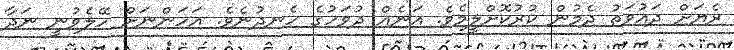
ރެޔަށް ދައުވަތު ދެމުން ކުރުކޮށްލީމެވެ. އަނެއް ދުވަހުގެ ހެނދުނެވެ. އަހަންނަށް ހޭލެވުނީ ނަދާ